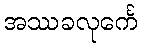
အဿခလုင်္ကေ